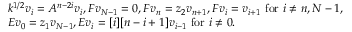
\begin{array} { r l } { } & { k ^ { 1 / 2 } v _ { i } = A ^ { n - 2 i } v _ { i } , F v _ { N - 1 } = 0 , F v _ { n } = z _ { 2 } v _ { n + 1 } , F v _ { i } = v _ { i + 1 } \mathrm { ~ f o r ~ } i \neq n , N - 1 , } \\ { } & { E v _ { 0 } = z _ { 1 } v _ { N - 1 } , E v _ { i } = [ i ] [ n - i + 1 ] v _ { i - 1 } \mathrm { ~ f o r ~ } i \neq 0 . } \end{array}